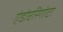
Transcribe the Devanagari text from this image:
एंडोप्टरिगोटा